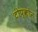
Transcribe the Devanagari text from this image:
टोप्कोन